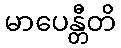
မာပေန္တီတိ